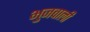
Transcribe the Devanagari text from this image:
भुजवाली